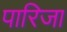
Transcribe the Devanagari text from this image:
पारिजा